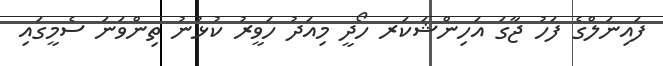
ފައިނަލްގެ ފަހު ޖާގަ އަހިންޝަކަރ ހޯދީ މިއަދު ހަވީރު ކުޅުނު ތިންވަނަ ސެމީގައި